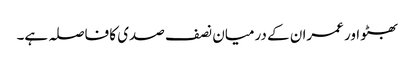
بھٹو اور عمران کے درمیان نصف صدی کا فاصلہ ہے۔